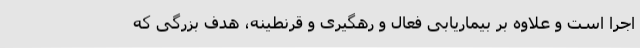
اجرا است و علاوه بر بیماریابی فعال و رهگیری و قرنطینه، هدف بزرگی که